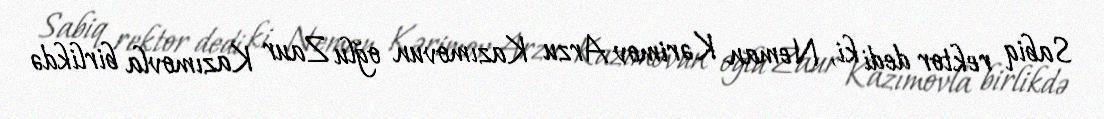
Sabiq rektor dedi ki, Neman Kərimov Arzu Kazımovun oğlu Zaur Kazımovla birlikdə